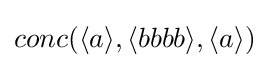
conc(\langle a\rangle ,\langle bbbb\rangle ,\langle a\rangle )